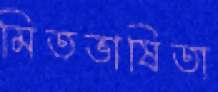
মিতভাষিতা